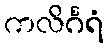
ကလိင်္ဂရံ